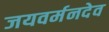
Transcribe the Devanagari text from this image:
जयवर्मनदेव